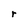
Character: r